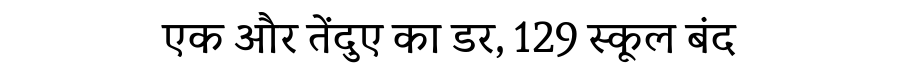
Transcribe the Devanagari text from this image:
एक और तेंदुए का डर, 129 स्कूल बंद